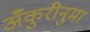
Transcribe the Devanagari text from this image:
अँकुरीनुमा